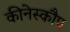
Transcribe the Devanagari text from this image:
कीनेस्कौप